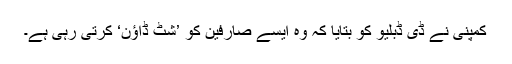
کمپنی نے ڈی ڈبلیو کو بتایا کہ وہ ایسے صارفین کو ’شٹ ڈاؤن‘ کرتی رہی ہے۔